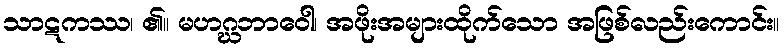
သာဋကဿ၊ ၏။ မဟဂ္ဃဘာဝေါ၊ အဖိုးအများထိုက်သော အဖြစ်လည်းကောင်း။